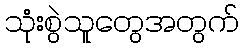
သုံးစွဲသူတွေအတွက်